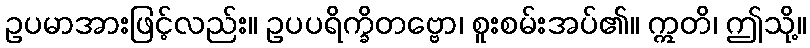
ဥပမာအားဖြင့်လည်း။ ဥပပရိက္ခိတဗ္ဗော၊ စူးစမ်းအပ်၏။ ဣတိ၊ ဤသို့။